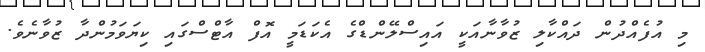
މި އުފެއްދުން ދައްކާލި ޒުވާނާއަކީ އައިސްލޭންޑްގެ އެކަޑަމީ އޮފް އާޓްސްގައި ކިޔަވަމުންދާ ޒުވާނެވެ.